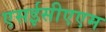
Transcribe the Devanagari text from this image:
एसईसीएएम